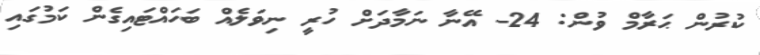
ކުރުން ޙަރާމް ވުން: 24- އޭނާ ނަމާދަށް ހުރީ ނިވަލެއް ބަހައްޓައިގެން ކަމުގައި